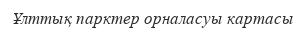
Ұлттық парктер орналасуы картасы